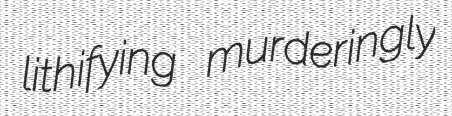
lithifying murderingly